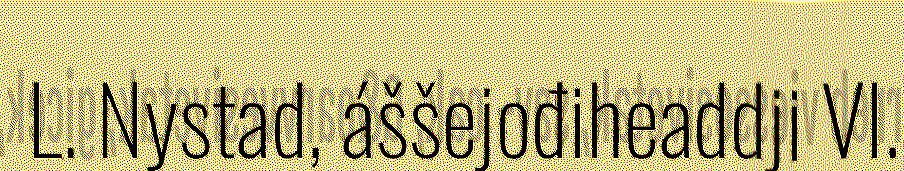
L. Nystad, áššejođiheaddji VI.